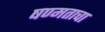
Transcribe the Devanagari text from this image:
षण्मताचा